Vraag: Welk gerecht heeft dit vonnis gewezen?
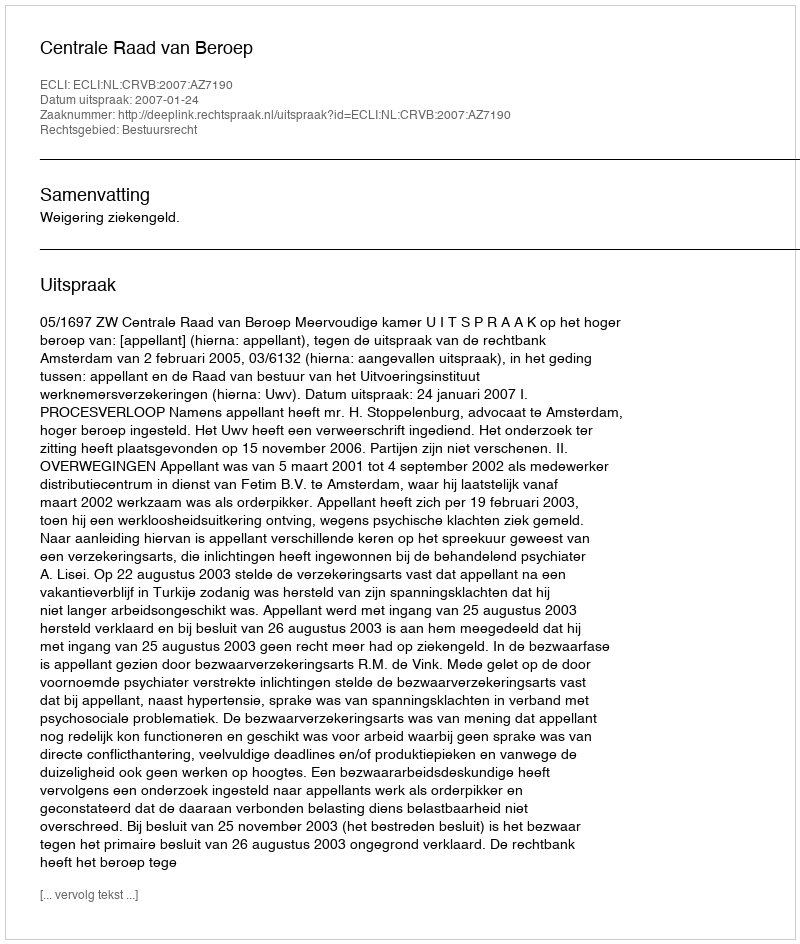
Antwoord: Centrale Raad van Beroep